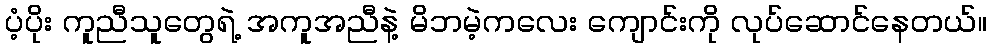
ပံ့ပိုး ကူညီသူတွေရဲ့ အကူအညီနဲ့ မိဘမဲ့ကလေး ကျောင်းကို လုပ်ဆောင်နေတယ်။